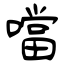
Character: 噹